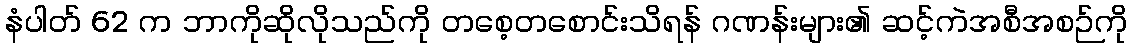
နံပါတ် 62 က ဘာကိုဆိုလိုသည်ကို တစေ့တစောင်းသိရန် ဂဏန်းများ၏ ဆင့်ကဲအစီအစဉ်ကို